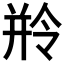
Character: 𬾺